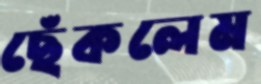
ছেঁকলেম